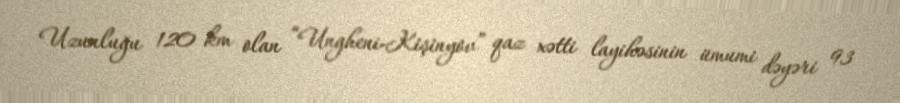
Uzunluğu 120 km olan “Ungheni-Kişinyov” qaz xətti layihəsinin ümumi dəyəri 93